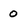
Character: 0